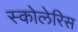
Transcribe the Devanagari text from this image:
स्कोलेरिस